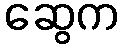
ဆွေက